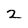
Character: 2